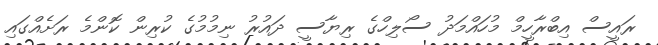
ރައީސް އިބްރާހީމް މުހައްމަދު ސޯލިހްގެ ރިޔާސީ ދައުރު ނިމުމުގެ ކުރިން ކޮންމެ ރަށެއްގައި